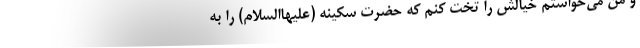
و من می‌خواستم خیالش را تخت کنم که حضرت سکینه (علیهاالسلام) را به